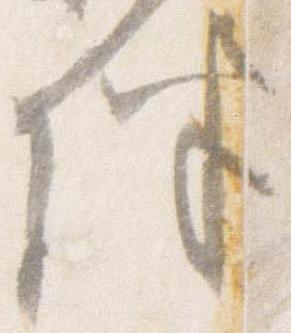
伴